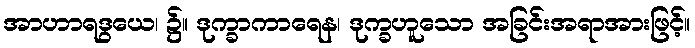
အာဟာရဒွယေ၊ ၌။ ဒုက္ခာကာရေန၊ ဒုက္ခဟူသော အခြင်းအရာအားဖြင့်။